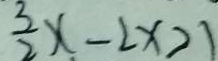
\frac { 3 } { 2 } x - 2 x > 1